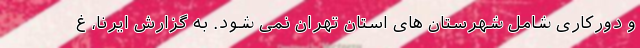
و دورکاری شامل شهرستان های استان تهران نمی شود. به گزارش ایرنا، غ